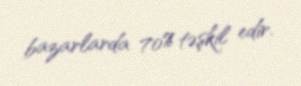
bazarlarda 70% təşkil edir.